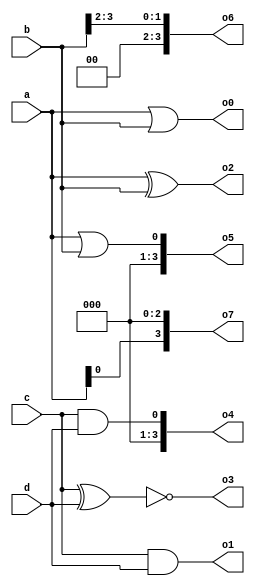
//perform the given data's
module ex6(a,b,c,d,o0,o1,o2,o3,o4,o5,o6,o7);
input [3:0]a,b,c,d;
output [3:0]o0,o1,o2,o3,o4,o5,o6,o7 ;
assign o0=a|b;
assign o1=c&d;
assign o2=a^b;
assign o3=~(c^d);
assign o4=(c&&d);
assign o5=a||b;
assign o6=b>>2;
assign o7=a<<3;
endmodule

module tb;
reg [3:0]a,b,c,d;
wire [3:0]o0,o1,o2,o3,o4,o5,o6,o7;
ex6 i1(a,b,c,d,o0,o1,o2,o3,o4,o5,o6,o7);
initial begin
$monitor(" \n(a|b)=%b \n(c&d)=%b \n(a^b)=%b \n~(c^d)=%b \n(c&&d)=%b \n(a||b)=%b \n(b>>2)=%b \n(a<<3)=%b \n",o0,o1,o2,o3,o4,o5,o6,o7);
 a=7;b=4'b1001;c=4'hc;d=14;
end 
endmodule